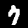
Label: 7